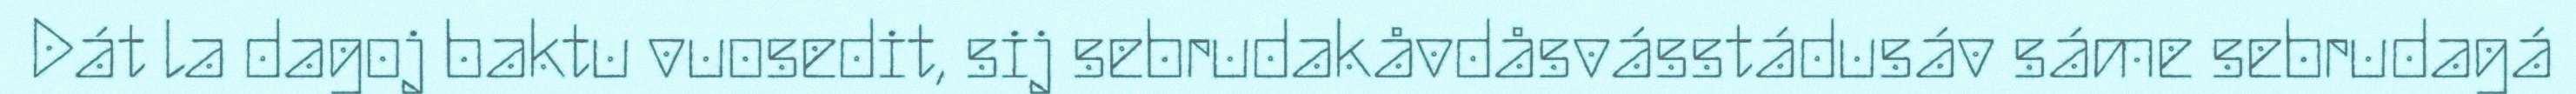
Dát la dagoj baktu vuosedit, sij sebrudakåvdåsvásstádusáv sáme sebrudagá